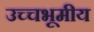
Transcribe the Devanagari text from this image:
उच्चभूमीय